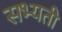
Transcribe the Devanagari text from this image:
सभ्यती